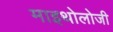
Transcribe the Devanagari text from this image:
माइथोलोजी